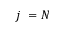
j ~ = N